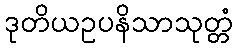
ဒုတိယဥပနိသာသုတ္တံ